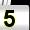
Digit: 5